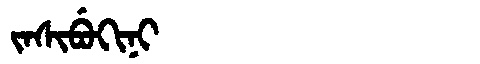
Manchu: ᠵᠠᠰᡳᠪᡠᡴᡳᠨᡳ
Romanization: JASIBUKINI